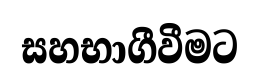
සහභාගීවීමට